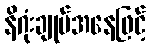
နိဂုံးချုပ်အနေဖြင့်